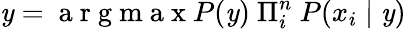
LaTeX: \mathit{y}=\mathrm{{~a~r~g~m~a~x~}}P(\mathit{y})~\Pi_{i}^{n}~P(x_{i}\mid\mathit{y})